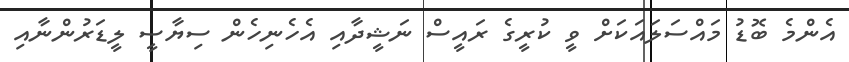
އެންމެ ބޮޑު މައްސަލައަކަށް ވީ ކުރީގެ ރައީސް ނަޝީދާއި އެހެނިހެން ސިޔާސީ ލީޑަރުންނާއި